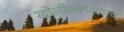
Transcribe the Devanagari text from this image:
खोलीकरणावरच